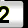
Digit: 2